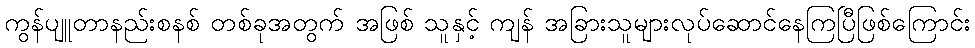
ကွန်ပျူတာနည်းစနစ် တစ်ခုအတွက် အဖြစ် သူနှင့် ကျန် အခြားသူများလုပ်ဆောင်နေကြပြီဖြစ်ကြောင်း